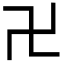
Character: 卍